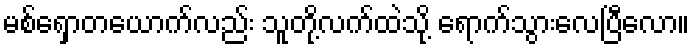
မစ်ရှောတယောက်လည်း သူတို့လက်ထဲသို့ ရောက်သွားလေပြီလော။